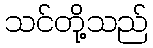
သင်တို့သည်